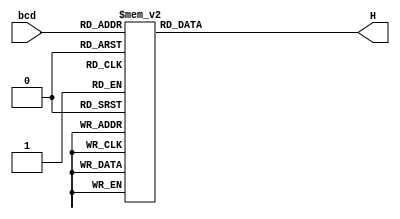
module decoder_hex_16 (
    input [3:0] bcd,
    output reg [0:6] H);
    always @(bcd)
        case (bcd)
            0: H = 7'b0000001;
            1: H = 7'b1001111;
            2: H = 7'b0010010;
            3: H = 7'b0000110;
            4: H = 7'b1001100;
            5: H = 7'b0100100;
            6: H = 7'b0100000;
            7: H = 7'b0001111;
            8: H = 7'b0000000;
            9: H = 7'b0000100;
            10: H = 7'b0001000;
            11: H = 7'b1100000;
            12: H = 7'b0110001;
            13: H = 7'b1000010;
            14: H = 7'b0110000;
            15: H = 7'b0111000;
            default: H = 7'b1111111;
        endcase
endmodule
 
module BCD_to_HEX (
    input [7:0] SW,
    output [0:6] HEX0,HEX1);
    decoder_hex_16 decoder1(SW[3:0],HEX0);
    decoder_hex_16 decoder2(SW[7:4],HEX1);
endmodule